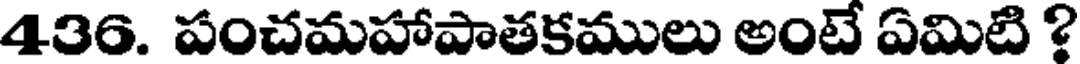
436. పంచమహాపాతకములు అంటే ఏమిటి ?